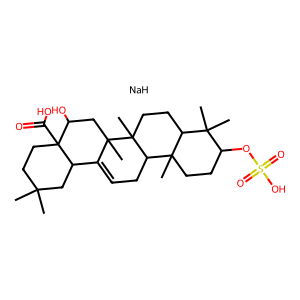
SMILES: CC1(C)CCC2(C(=O)O)C(O)CC3(C)C(=CCC4C5(C)CCC(OS(=O)(=O)O)C(C)(C)C5CCC43C)C2C1.[NaH]
Inhibits HIV replication: No